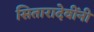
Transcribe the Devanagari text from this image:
सितारादेवींनी